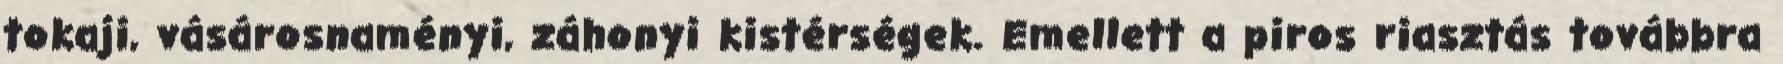
tokaji, vásárosnaményi, záhonyi kistérségek. Emellett a piros riasztás továbbra